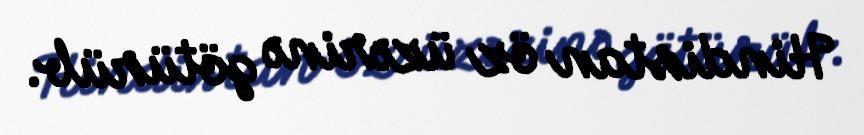
Hindistan öz üzərinə götürüb.